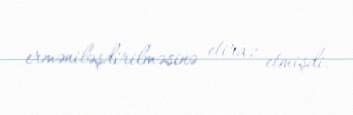
erməniləşdirilməsinə etiraz etmişdi.